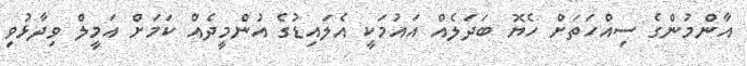
އާންމުންގެ ސިއްހަތަށް ހެޔޮ ބަދަލެއް އައުމަކީ އެލައިޑުގެ އުންމީދެއް ކަމަށް އަމީލް ވިދާޅުވި